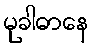
မုခါဓာနေ